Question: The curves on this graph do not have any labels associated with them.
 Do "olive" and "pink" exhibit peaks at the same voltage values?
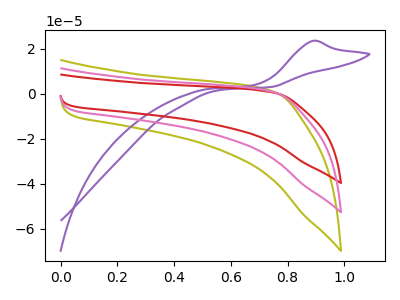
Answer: <think>The olive curve "olive" has no peaks. The purple curve "purple" has an anodic peak at: (0.90V, 23.45uA). The red curve "red" has no peaks. The pink curve "pink" has no peaks.</think>
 <answer>Niether CV has any peaks.</answer>
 <eval>blanks</eval>